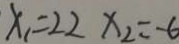
x _ { 1 } = 2 2 x _ { 2 } = - 6